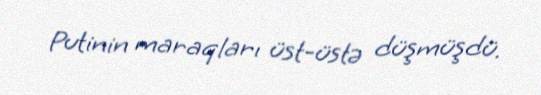
Putinin maraqları üst-üstə düşmüşdü.